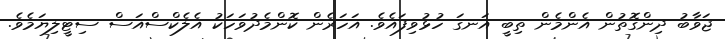
ޖަވާބު ދިންގޮތުން އެންމެން ތިބީ އަނގަ ހުޅުވިފައެވެ. އަހަރެން ކޮންމެދުވަހަކު އެލެކްސްއަސް ސިޓީލިޔަމެވެ.